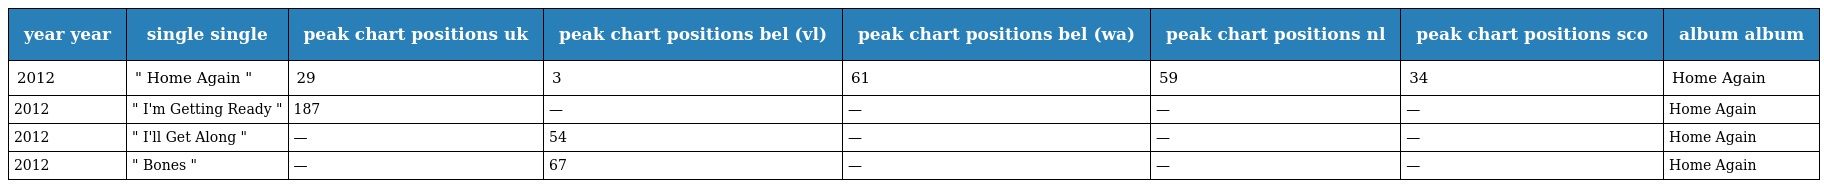
| year year | single single | peak chart positions uk | peak chart positions bel (vl) | peak chart positions bel (wa) | peak chart positions nl | peak chart positions sco | album album |
 | --- | --- | --- | --- | --- | --- | --- | --- |
 | 2012 | " Home Again " | 29 | 3 | 61 | 59 | 34 | Home Again |
 | 2012 | " I'm Getting Ready " | 187 | — | — | — | — | Home Again |
 | 2012 | " I'll Get Along " | — | 54 | — | — | — | Home Again |
 | 2012 | " Bones " | — | 67 | — | — | — | Home Again |